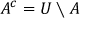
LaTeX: A ^ { c } = U \setminus A